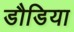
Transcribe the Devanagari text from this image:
डौडिया